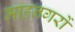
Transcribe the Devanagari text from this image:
माहनगरों